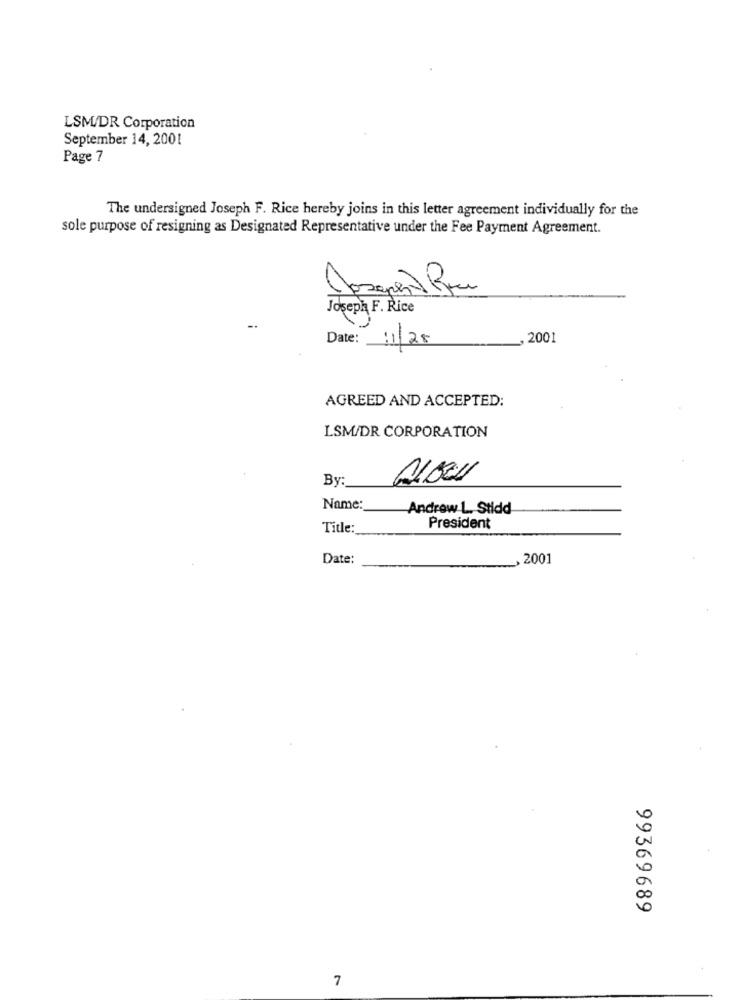
LSM/DR Corporation
September 14, 2001
Page 7
The undersigned Joseph F. Rice hereby joins in this letter agreement individually for the
sole purpose of resigning as Designated Representative under the Fee Payment Agreement.
C
Joseph F. Rice
2001
Date: 11/25
AGREED AND ACCEPTED:
LSM/DR CORPORATION
By:
Name:
Andrew L. Stidd
Title:
President
Date:
2001
99369689
7